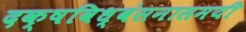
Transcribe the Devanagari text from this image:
दक्षविध्वंसनासमयी